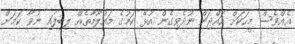
އެއްވެސް މީހަކަށް ހައްޖަށް ނުދެވިގެން އުޅޭ ކަމުގެ މައުލޫމާތެއް ލިބިފައި ނުވާ ކަމަށް